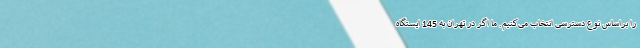
را براساس نوع دسترسی انتخاب می‌کنیم. ما اگر در تهران به 145 ایستگاه